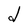
Character: d